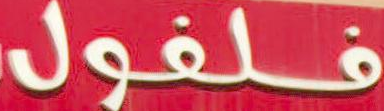
فلفول